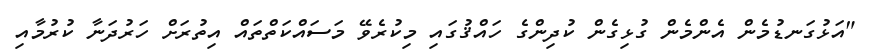
"އަޅުގަނޑުމެން އެންމެން ގުޅިގެން ކުދިންގެ ހައްޤުގައި މިކުރެވޭ މަސައްކަތްތައް އިތުރަށް ހަރުދަނާ ކުރުމާއި